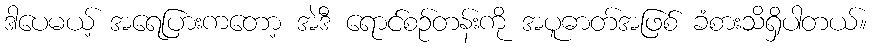
ဒါပေမယ့် အရေပြားကတော့ အဲဒီ ရောင်စဉ်တန်းကို အပူဓာတ်အဖြစ် ခံစားသိရှိပါတယ်။